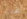
تحدثوا